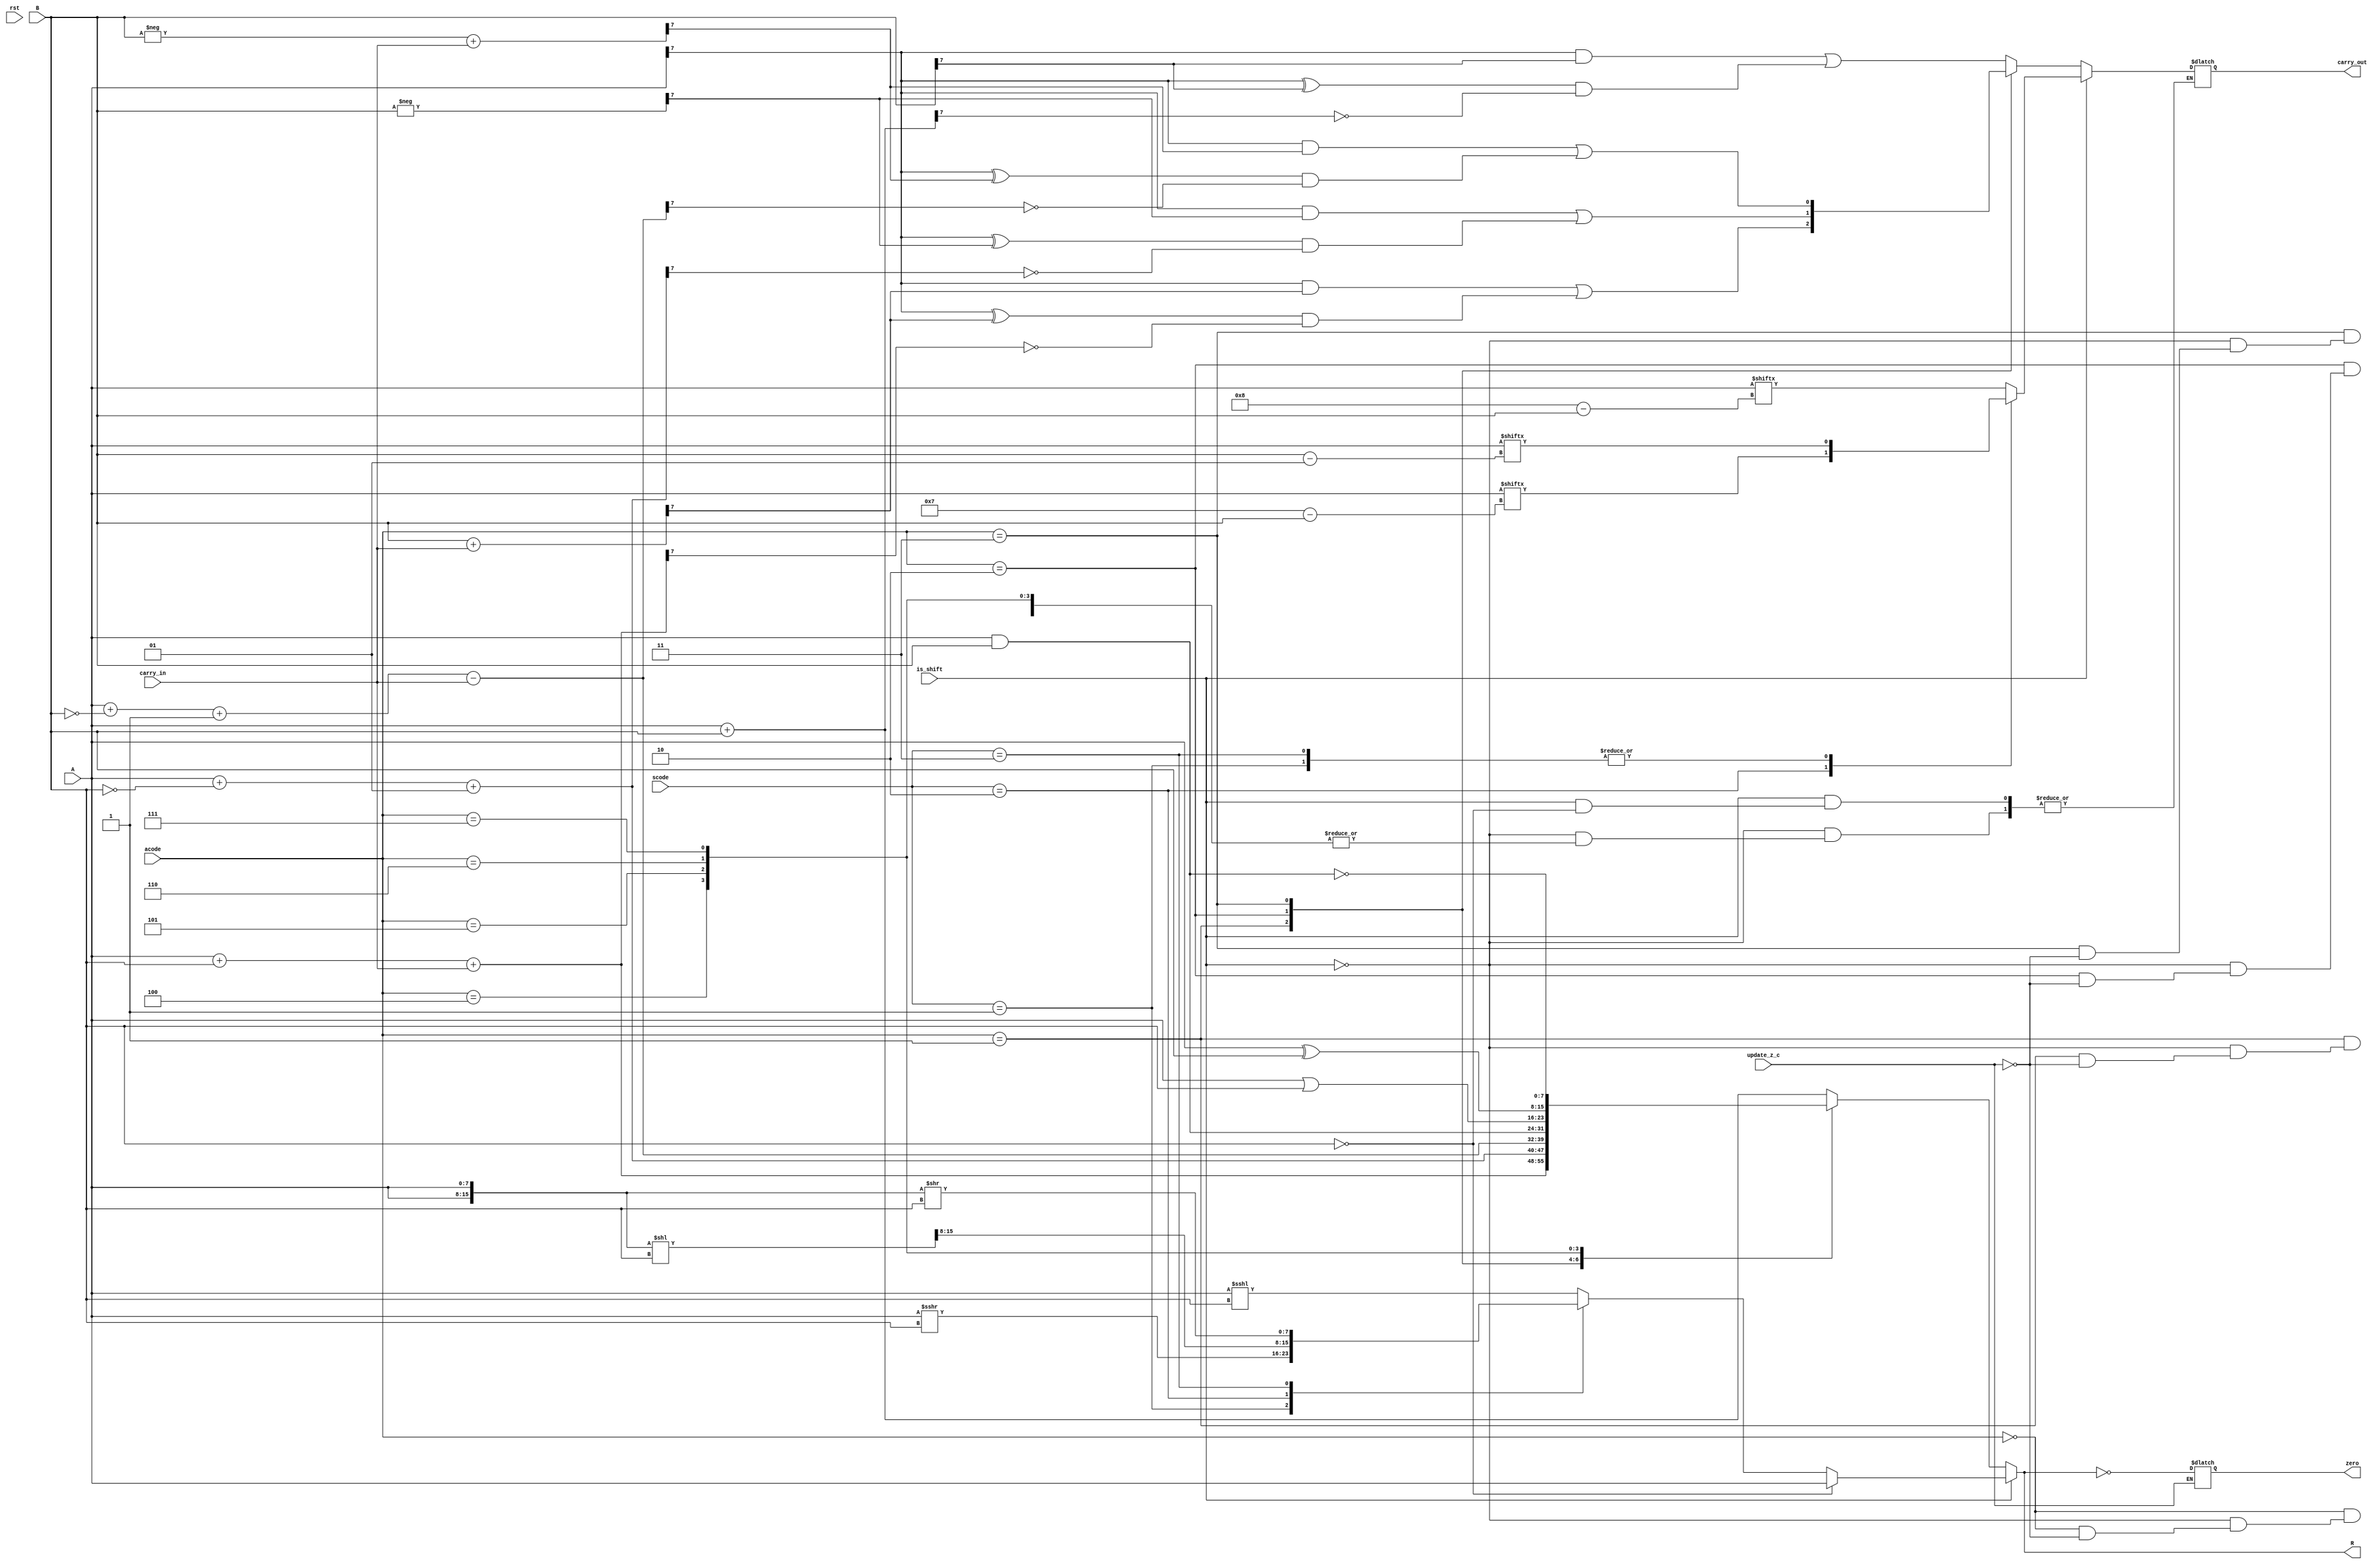
`timescale 1ns/1ns

module ALU(input rst, input signed [7:0] A, input signed [7:0] B, input carry_in, input is_shift, update_z_c, input [1:0] scode, input [2:0] acode, output reg [7:0] R, output reg zero, carry_out);

  function get_carry_out; input [7:0] A, B, C;
    get_carry_out = (A[7]&B[7]) | (A[7]^B[7])&~C[7];
  endfunction



  reg [8:0] temp;
  reg [15:0] temp2;
  reg [7:0] neg_B;
  initial begin
    zero = 0;
    carry_out = 0;
  end
  always @(A, B, scode, acode) begin
    neg_B = -B;
    case(is_shift)
      1'b0: begin
        case(acode)
          3'b000: begin
            temp = A + B;
            if(update_z_c == 1)
              carry_out = get_carry_out(A, B, temp);
          end
          3'b001: begin
            temp = A + B + carry_in; 
            if(update_z_c == 1)
              carry_out = get_carry_out(A, B+carry_in, temp);
          end
          3'b010: begin
            temp = A + ~B + 1;
            if(update_z_c == 1)
              carry_out = get_carry_out(A, -B, temp);
          end
          3'b011: begin
            temp = A + ~B + 1 - carry_in;
            if(update_z_c == 1)
              carry_out = get_carry_out(A, -B + carry_in, temp);
          end

          3'b100: temp = A & B;
          3'b101: temp = A | B;
          3'b110: temp = A ^ B;
          3'b111: temp = ~(A & B);
        endcase
        R = temp[7:0];
      end
      1'b1: 
        if(B == 8'b0)
          R = A;
        else begin
          case(scode)
            2'b00: begin
              carry_out = A[8-B];
              R = A <<< B;
            end
            2'b01: begin
              carry_out = A[B-1];
              R = A >>> B;
            end
            2'b10: begin
              temp2 = {A,A} << (B);
              R = temp2[15:8];
              carry_out = A[7-B];
            end
            2'b11: begin
              temp2 = {A,A} >> (B);
              R = temp2[7:0];
              carry_out = A[B-1];
            end
          endcase
        end
    endcase
    if(update_z_c == 1)
      zero = (R == 8'b0);
  end
endmodule